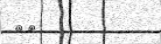
٤٤